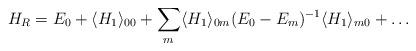
LaTeX: \begin{align*}H_R=E_0+\langle H_1\rangle_{00}+\sum_m\langle H_1\rangle_{0m}(E_0-E_m)^{-1}\langle H_1\rangle_{m0}+\dots\end{align*}